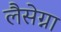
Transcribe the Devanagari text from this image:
लैसेग्ना